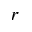
r